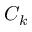
C _ { k }